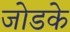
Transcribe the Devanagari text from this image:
जोडके